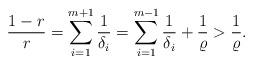
LaTeX: \begin{align*}\frac{1-r}{r}=\sum_{i=1}^{m+1}\frac1{\delta_i}=\sum_{i=1}^{m-1}\frac1{\delta_i}+\frac1{\varrho}>\frac1{\varrho}.\end{align*}